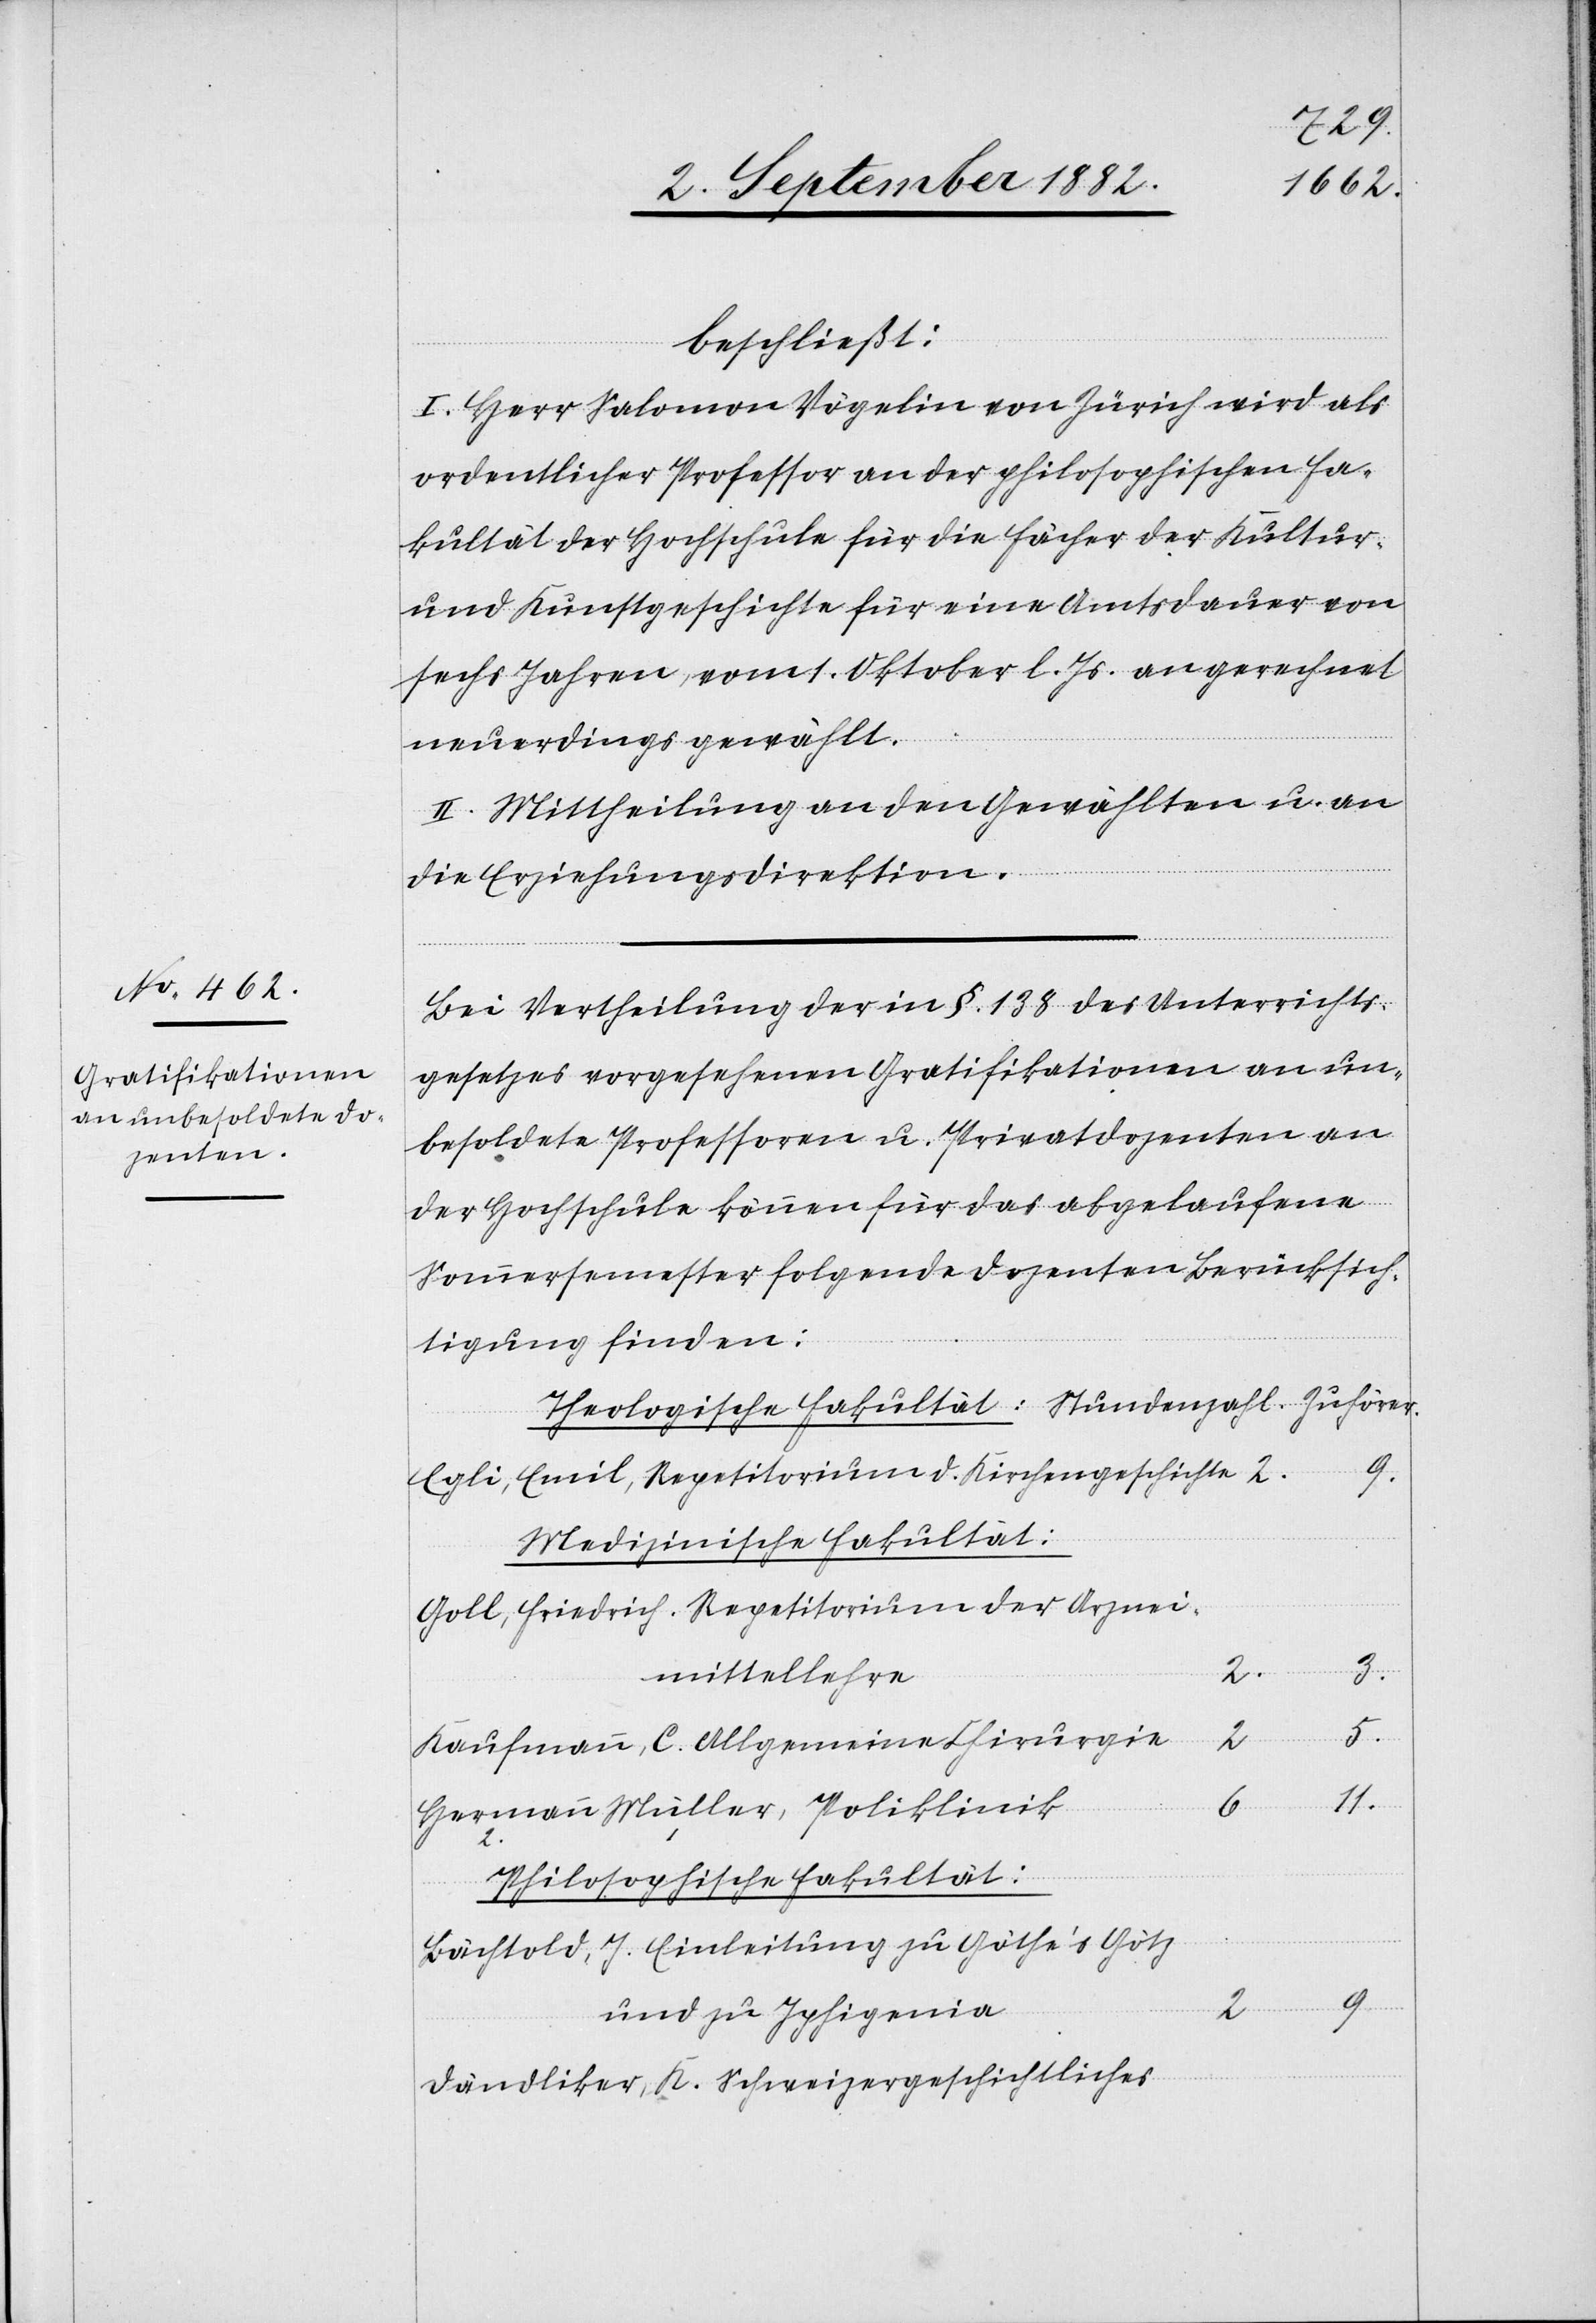
11.
beschließt:
I. Herr Salomon Vögelin von Zürich wird als
ordentlicher Professor an der philosophischen Fa¬
kultät der Hochschule für die Fächer der Kultur-
und Kunstgeschichte für eine Amtsdauer von
sechs Jahren, vom 1. Oktober l. Js. an gerechnet
neuerdings gewählt.
II. Mittheilung an den Gewählten u. an
die Erziehungsdirektion.
Bei Vertheilung der in §. 138 des Unterrichts¬
gesetzes vorgesehenen Gratifikationen an un¬
besoldete Professoren u. Privatdozenten an
der Hochschule können für das abgelaufene
Sommersemester folgende Dozenten Berücksich¬
tigung finden:
Egli, Emil, Repetitorium d. Kirchengeschichte
Medizinische Fakultät:
Goll, Friedrich. Repetitorium der Arznei¬
2.
mittellehre
5.
6
Kaufmann, C. Allgemeine Chirurgie
Philosophische Fakultät:
Bächtold, J. Einleitung zu Göthe’s Götz
9.
und zu Iphigenia
Dändliker, K. Schweizergeschichtliches